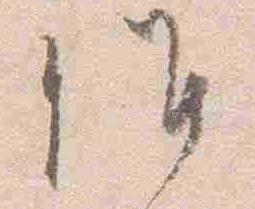
候